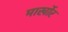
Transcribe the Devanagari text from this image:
मार्खोर